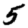
Digit: 5